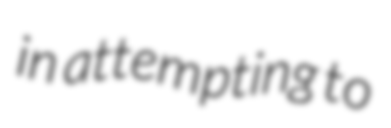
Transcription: in attempting to